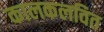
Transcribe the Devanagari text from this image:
कालकलवित